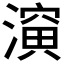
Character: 𰝈